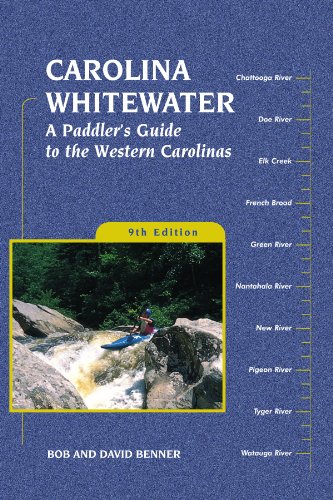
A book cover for Carolina Whitewater: A Paddler's Guide to the Western Carolinas (Canoe and Kayak Series); David Benner; Sports & Outdoors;